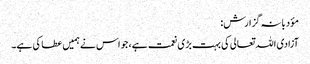
مؤدبانہ گزارش:
آزادی اللہ تعالی کی بہت بڑی نعمت ہے، جو اس نے ہمیں عطا کی ہے۔